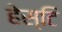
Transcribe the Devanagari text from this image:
हेस्टि